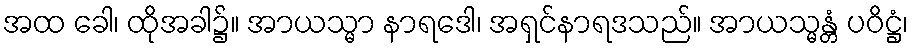
အထ ခေါ၊ ထိုအခါ၌။ အာယသ္မာ နာရဒေါ၊ အရှင်နာရဒသည်။ အာယသ္မန္တံ ပဝိဋ္ဌံ၊